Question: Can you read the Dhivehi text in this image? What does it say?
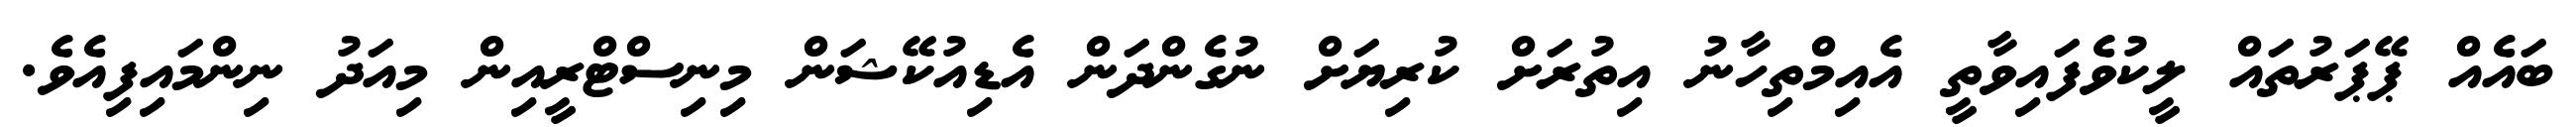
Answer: ބައެއް ޕޭޕަރުތައް ލީކުވެފައިވާތީ އެއިމްތިހާނު އިތުރަށް ކުރިޔަށް ނުގެންދަން އެޑިއުކޭޝަން މިނިސްޓްރީއިން މިއަދު ނިންމައިފިއެވެ.